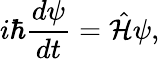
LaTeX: i\hbar{\frac{d\psi}{dt}}={\hat{\mathcal{H}}}\psi,